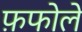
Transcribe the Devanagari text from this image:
फ़फोले